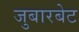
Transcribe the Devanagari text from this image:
जुबारबेट